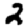
Digit: 2